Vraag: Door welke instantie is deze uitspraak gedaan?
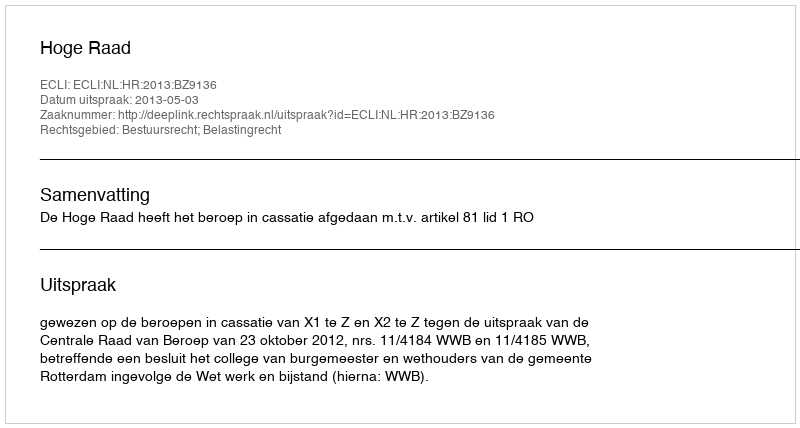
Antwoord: Hoge Raad